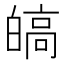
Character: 皜